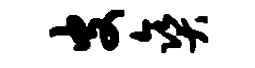
皮爽